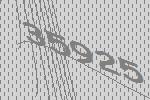
35925